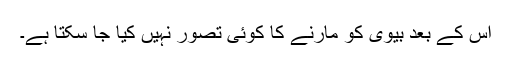
اس کے بعد بیوی کو مارنے کا کوئی تصور نہیں کیا جا سکتا ہے۔